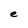
Character: e